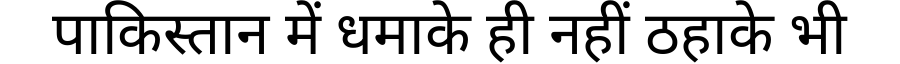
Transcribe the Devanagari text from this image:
पाकिस्तान में धमाके ही नहीं ठहाके भी